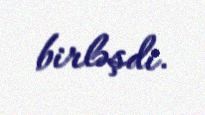
birləşdi.